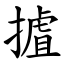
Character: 摣